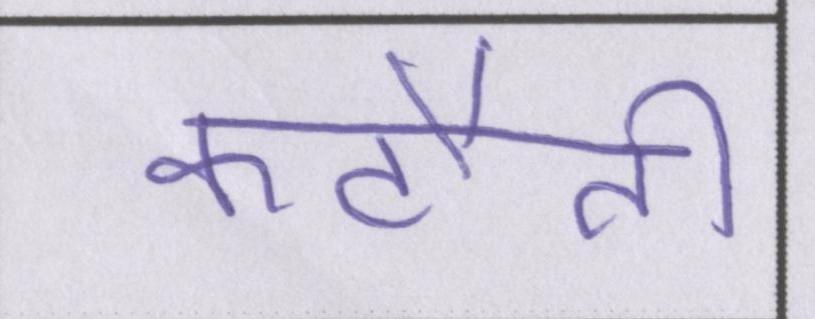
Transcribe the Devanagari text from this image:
कटौती